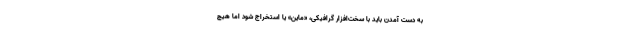
به دست آمدن باید با سخت‌افزار گرافیکی، «ماین» یا استخراج شود اما هیچ